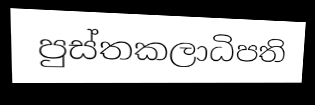
පුස්තකලාධිපති